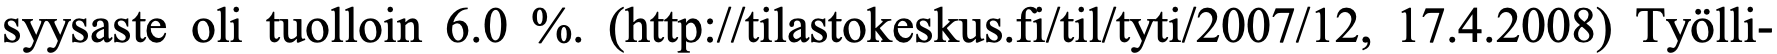
syysaste oli tuolloin 6.0 %. (http://tilastokeskus.fi/til/tyti/2007/12, 17.4.2008) Työlli-